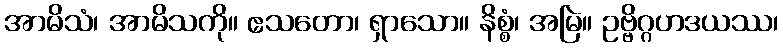
အာမိသံ၊ အာမိသကို။ ဧသတော၊ ရှာသော။ နိစ္စံ၊ အမြဲ။ ဥဗ္ဗိဂ္ဂဟဒယဿ၊